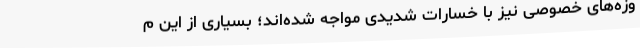
وزه‌های خصوصی نیز با خسارات شدیدی مواجه شده‌اند؛‌ بسیاری از این م